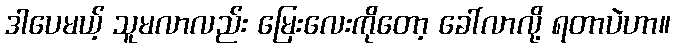
ဒါပေမယ့် သူမလာလည်း မြေးလေးကိုတော့ ခေါ်လာလို့ ရတာပဲဟာ။